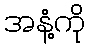
အနံ့ကို